Civil Veterinary Department. United Provinces 1923-31 - 1923-1931
Year: 1923
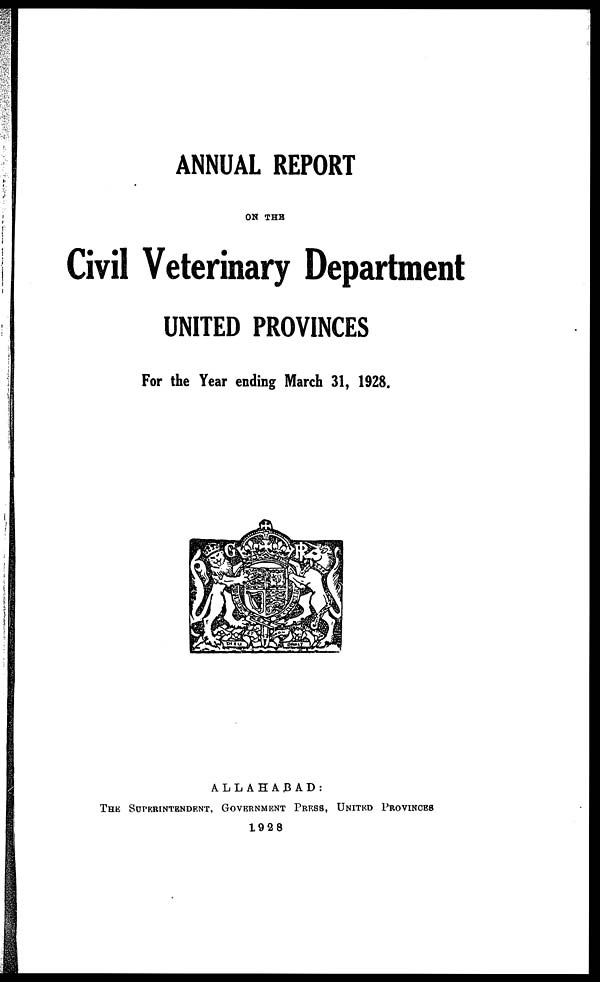
ANNUAL REPORT
ON THE
Civil Veterinary Department
UNITED PROVINCES
For the Year ending March 31, 1928.
ALLAHABAD:
THE SUPERINTENDENT, GOVERNMENT PRESS, UNITED PROVINCES
1928